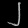
Digit: ၂